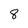
Character: 8